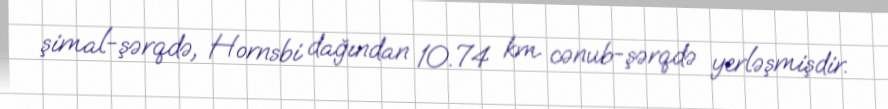
şimal-şərqdə, Hornsbi dağından 10.74 km cənub-şərqdə yerləşmişdir.